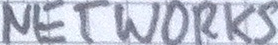
NETWORKS